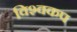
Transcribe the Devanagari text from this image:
विश्‍वकप